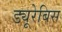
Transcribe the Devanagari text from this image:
ड्यूरेबिस